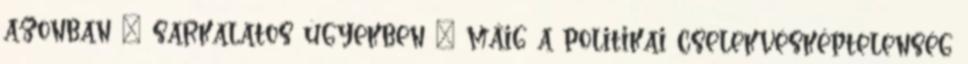
azonban – sarkalatos ügyekben – máig a politikai cselekvésképtelenség